Vaccination North-Western Provinces 1866-1877 - 1866-1877
Year: 1866
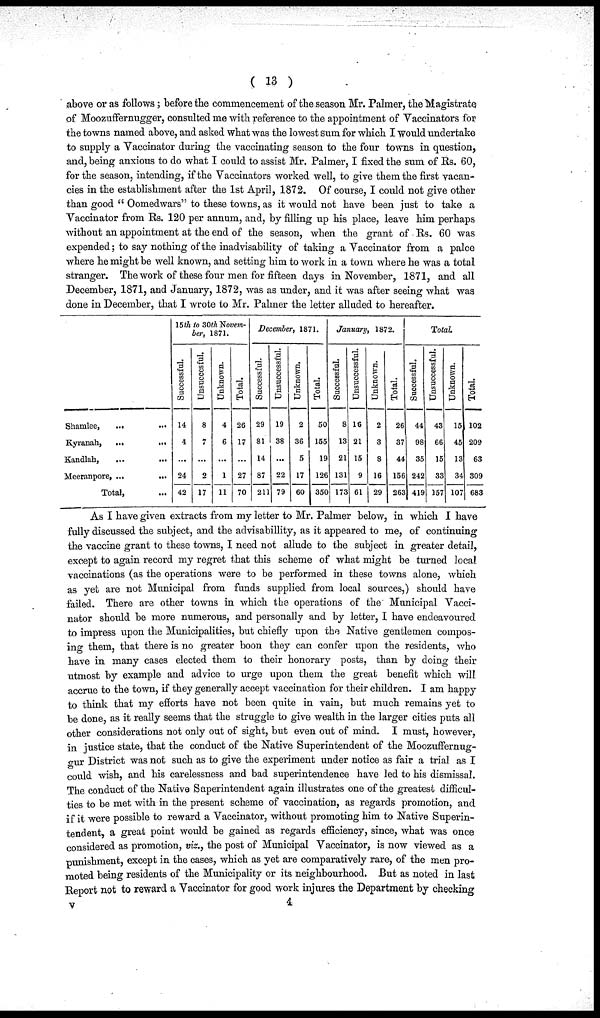
( 13 )
above or as follows; before the commencement of the season Mr. Palmer, the Magistrate
of Moozuffernugger, consulted me with reference to the appointment of Vaccinators for
the towns named above, and asked what was the lowest sum for which I would undertake
to supply a Vaccinator during the vaccinating season to the four towns in question,
and, being anxious to do what I could to assist Mr. Palmer, I fixed the sum of Rs. 60,
for the season, intending, if the Vaccinators worked well, to give them the first vacan-
cies in the establishment after the 1st April, 1872. Of course, I could not give other
than good " Oomedwars" to these towns, as it would not have been just to take a
Vaccinator from Rs. 120 per annum, and, by filling up his place, leave him perhaps
without an appointment at the end of the season, when the grant of Rs. 60 was
expended; to say nothing of the inadvisability of taking a Vaccinator from a palce
where he might be well known, and setting him to work in a town where he was a total
stranger. The work of these four men for fifteen days in November, 1871, and all
December, 1871, and January, 1872, was as under, and it was after seeing what was
done in December, that I wrote to Mr. Palmer the letter alluded to hereafter.
Shamlee,
... ...
Kyranah,
...
...
Kandlah,
...
...
Meeranpore, ... ...
Total,
15th to 30th Novem-
ber, 1871.
Successful.
14
4
...
24
42
Unsuccesful.
8
7
...
2
17
Unknown.
4
6
...
1
11
Total.
26
17
...
27
70
December, 1871.
Successful.
29
81
14
87
211
Unsuccessful.
19
38
...
22
79
Unknown.
2
36
5
17
60
Total.
50
155
19
126
350
January, 1872.
Successful.
8
13
21
131
173
Unsuccessful.
16
21
15
9
61
Un k n o wn .
2
3
8
16
29
Total.
26
37
44
156
263
Total.
Successful.
44
98
35
242
419
Unsuccessful.
43
66
15
33
157
Unknown.
15
45
13
34
107
Total.
102
209
63
309
683
As I have given extracts from my letter to Mr. Palmer below, in which I have
fully discussed the subject, and the advisabillity, as it appeared to me, of continuing
the vaccine grant to these towns, I need not allude to the subject in greater detail,
except to again record my regret that this scheme of what might be turned local
vaccinations (as the operations were to be performed in these towns alone, which
as yet are not Municipal from funds supplied from local sources,) should have
failed. There are other towns in which the operations of the Municipal Vacci-
nator should be more numerous, and personally and by letter, I have endeavoured
to impress upon the Municipalities, but chiefly upon the Native gentlemen compos-
ing them, that there is no greater boon they can confer upon the residents, who
have in many cases elected them to their honorary posts, than by doing their
utmost by example and advice to urge upon them the great benefit which will
accrue to the town, if they generally accept vaccination for their children. I am happy
to think that my efforts have not been quite in vain, but much remains yet to
be done, as it really seems that the struggle to give wealth in the larger cities puts all
other considerations not only out of sight, but even out of mind. I must, however,
in justice state, that the conduct of the Native Superintendent of the Moozuffernug-
gur District was not such as to give the experiment under notice as fair a trial as I
could wish, and his carelessness and bad superintendence have led to his dismissal.
The conduct of the Native Superintendent again illustrates one of the greatest difficul-
ties to be met with in the present scheme of vaccination, as regards promotion, and
if it were possible to reward a Vaccinator, without promoting him to Native Superin-
tendent, a great point would be gained as regards efficiency, since, what was once
considered as promotion, viz., the post of Municipal Vaccinator, is now viewed as a
punishment, except in the cases, which as yet are comparatively rare, of the men pro-
moted being residents of the Municipality or its neighbourhood. But as noted in last
Report not to reward a Vaccinator for good work injures the Department by checking
V 4